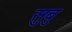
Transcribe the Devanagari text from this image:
सुबु